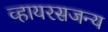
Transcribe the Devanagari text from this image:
व्हायरसजन्य